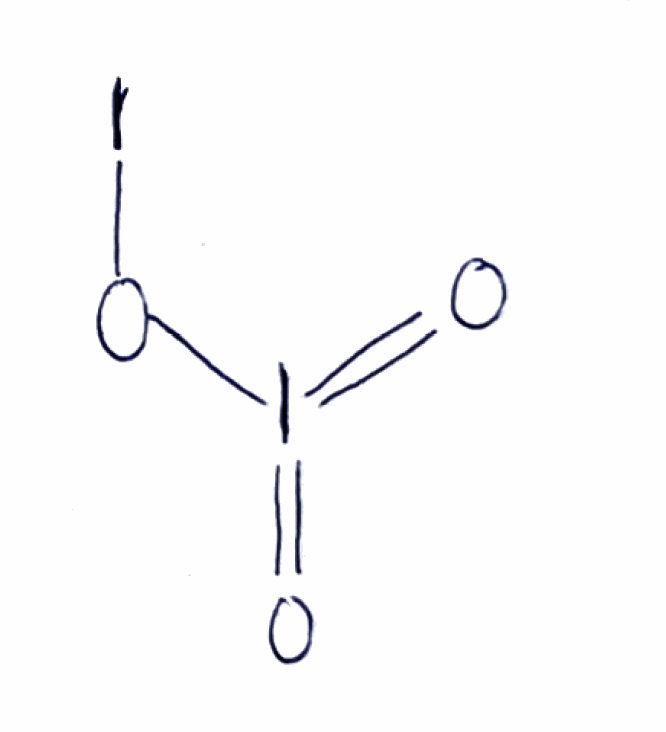
Simplified molecular-input line-entry system (SMILES) notation of the given molecule:
O=I(=O)OI